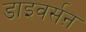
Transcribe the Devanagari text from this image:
डाइवर्सऩ